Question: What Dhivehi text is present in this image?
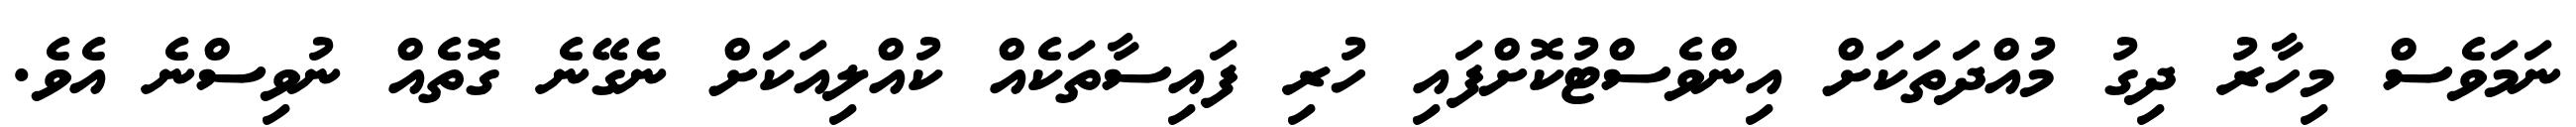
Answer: ނަމަވެސް މިހާރު ދިގު މުއްދަތަކަށް އިންވެސްޓުކޮށްފައި ހުރި ފައިސާތަކެއް ކުއްލިއަކަށް ނެގޭނެ ގޮތެއް ނުވިސްނެ އެވެ.